Civil Veterinary Department Bihar & Orissa reports 1929-36 - 1929-1936
Year: 1929
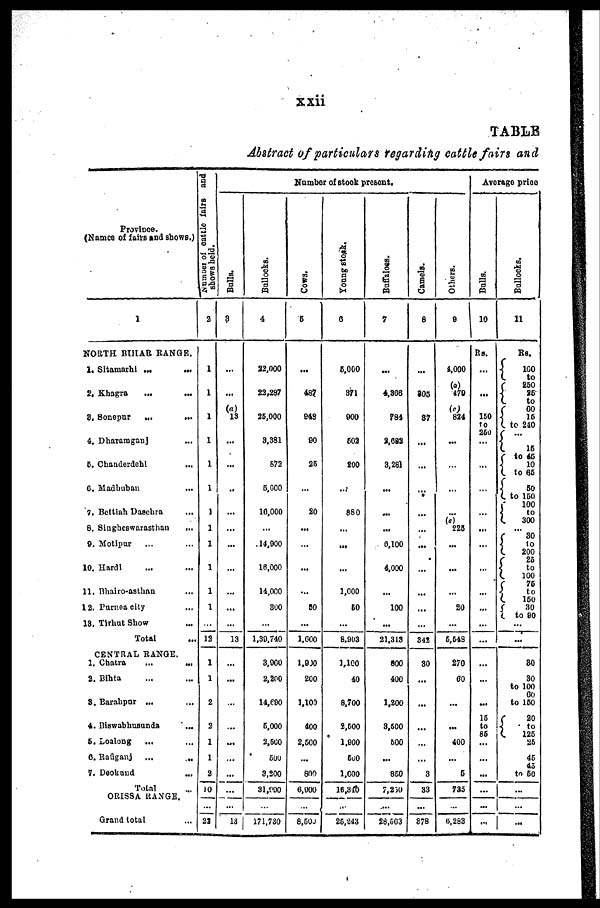
xxii
TABLE
Abstract of particulars regarding cattle fairs and
Province.
(Names of fairs and shows.)
1
NORTH BIHAR RANGE.
1. Sitamarhi ... ...
2. Khagra ... ...
3. Sonepur ... ...
4. Dharamganj ...
5. Chanderdehi ...
6. Madhuban ...
7. Bettiah Daschra ...
8. Singheswarasthan ...
9. Motipur ... ...
10. Hardi ... ...
11. Bhairo-asthan ...
12. Purnea city ...
13. Tirhut Show ...
Total
CENTRAL RANGE.
1. Chatra ... ...
2. Bihta ... ...
8. Barahpur ... ...
4. Biswabhusunda ...
5. Loalong ... ...
6. Rafiganj ... ...
7. Deokund ...
Total
ORISSA RANGE.
Grand total ...
Number
of cattle fairs and
shows held.
2
1
1
1
1
1
1
1
1
1
1
1
1
12
1
1
2
2
1
1
2
10
...
22
Number of stock present.
Bulls.
3
...
(a)
13
...
...
..
...
...
...
...
...
...
...
13
...
...
...
...
...
...
...
...
...
13
Bullocks.
4
22,000
22,287
25,000
8,381
672
5,000
16,000
...
14,900
16,000
14,000
300
...
1,30,740
3,000
2,200
14,690
...
6,000
2,500
500
3,300
31,990
...
171,730
Cows.
5
...
487.
948
90
25
...
20
...
...
...
...
80
...
1,600
1,900
200
1,105
...
400
2,500
...
800
6,000
...
8,500
Young stock.
6
6,000
371
900
602
200
...
880
...
...
...
1,000
60
...
8,903
1,100
40
8,700
...
2,600
1.900
500
1,000
16,340
...
25,243
Buffaloes.
7
...
4,806
784
9,682
3,281
...
...
...
6,100
4,000
...
100
...
21,313
800
400
1,200
...
8,500
600
...
860
7,250
...
28,503
Camels.
8
...
805
87
...
...
...
...
...
...
...
...
...
...
342
80
...
...
...
...
...
...
3
33
...
378
Others.
9
4,000
(a)
470
(c)
824
...
...
...
...
(e)
228
...
...
...
20
...
5,548
270
60
...
...
...
400
...
5
735
...
6,283
Average price
Bulls.
10
Rs.
...
...
150
to
250
...
...
...
...
...
...
...
...
...
...
...
...
...
...
15
to
85
...
...
...
...
...
...
Bullocks.
21
Rs.
100
to
250
to
60
15
to 240
...
15
to 45
10
to 65
50
to 150
100
to
300
...
80
to
200
25
to
100 76
to
150
30
to 80
...
...
80
30
to 100
60
to 150
20
to 120
25
45
45
to 50
...
...
...